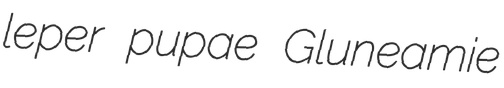
leper pupae Gluneamie